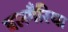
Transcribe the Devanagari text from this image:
बलगैरिया